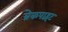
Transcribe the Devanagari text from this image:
ब्रेकपाइंट